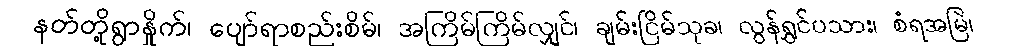
နတ်တို့ရွာနှိုက်၊ ပျော်ရာစည်းစိမ်၊ အကြိမ်ကြိမ်လျှင်၊ ချမ်းငြိမ်သုခ၊ လွန်ရွှင်ပသား၊ စံရအမြဲ၊